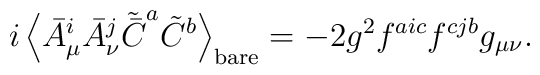
i\left<\bar A_\mu^i\bar A_\nu^j       \tilde{\bar C}^a\tilde C^b\right>_{\rm bare}  =-2g^2f^{aic}f^{cjb}g_{\mu\nu} .